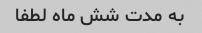
به مدت شش ماه لطفا